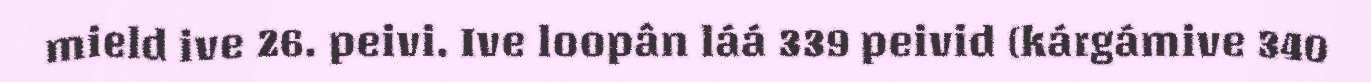
mield ive 26. peivi. Ive loopân láá 339 peivid (kárgámive 340